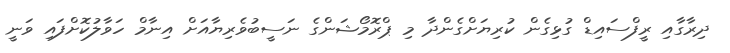
ދިރާގާއި ރީފްސައިޑް ގުޅިގެން ކުރިޔަށްގެންދާ މި ޕްރޮމޯޝަންގެ ނަސީބުވެރިޔާއަށް އިނާމް ހަވާލުކޮށްފައި ވަނީ